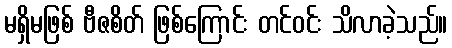
မရှိမဖြစ် ဗီဇစိတ် ဖြစ်ကြောင်း တင်ဝင်း သိလာခဲ့သည်။